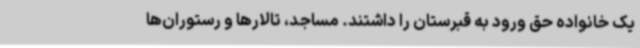
یک خانواده حق ورود به قبرستان را داشتند. مساجد، تالارها و رستوران‌ها